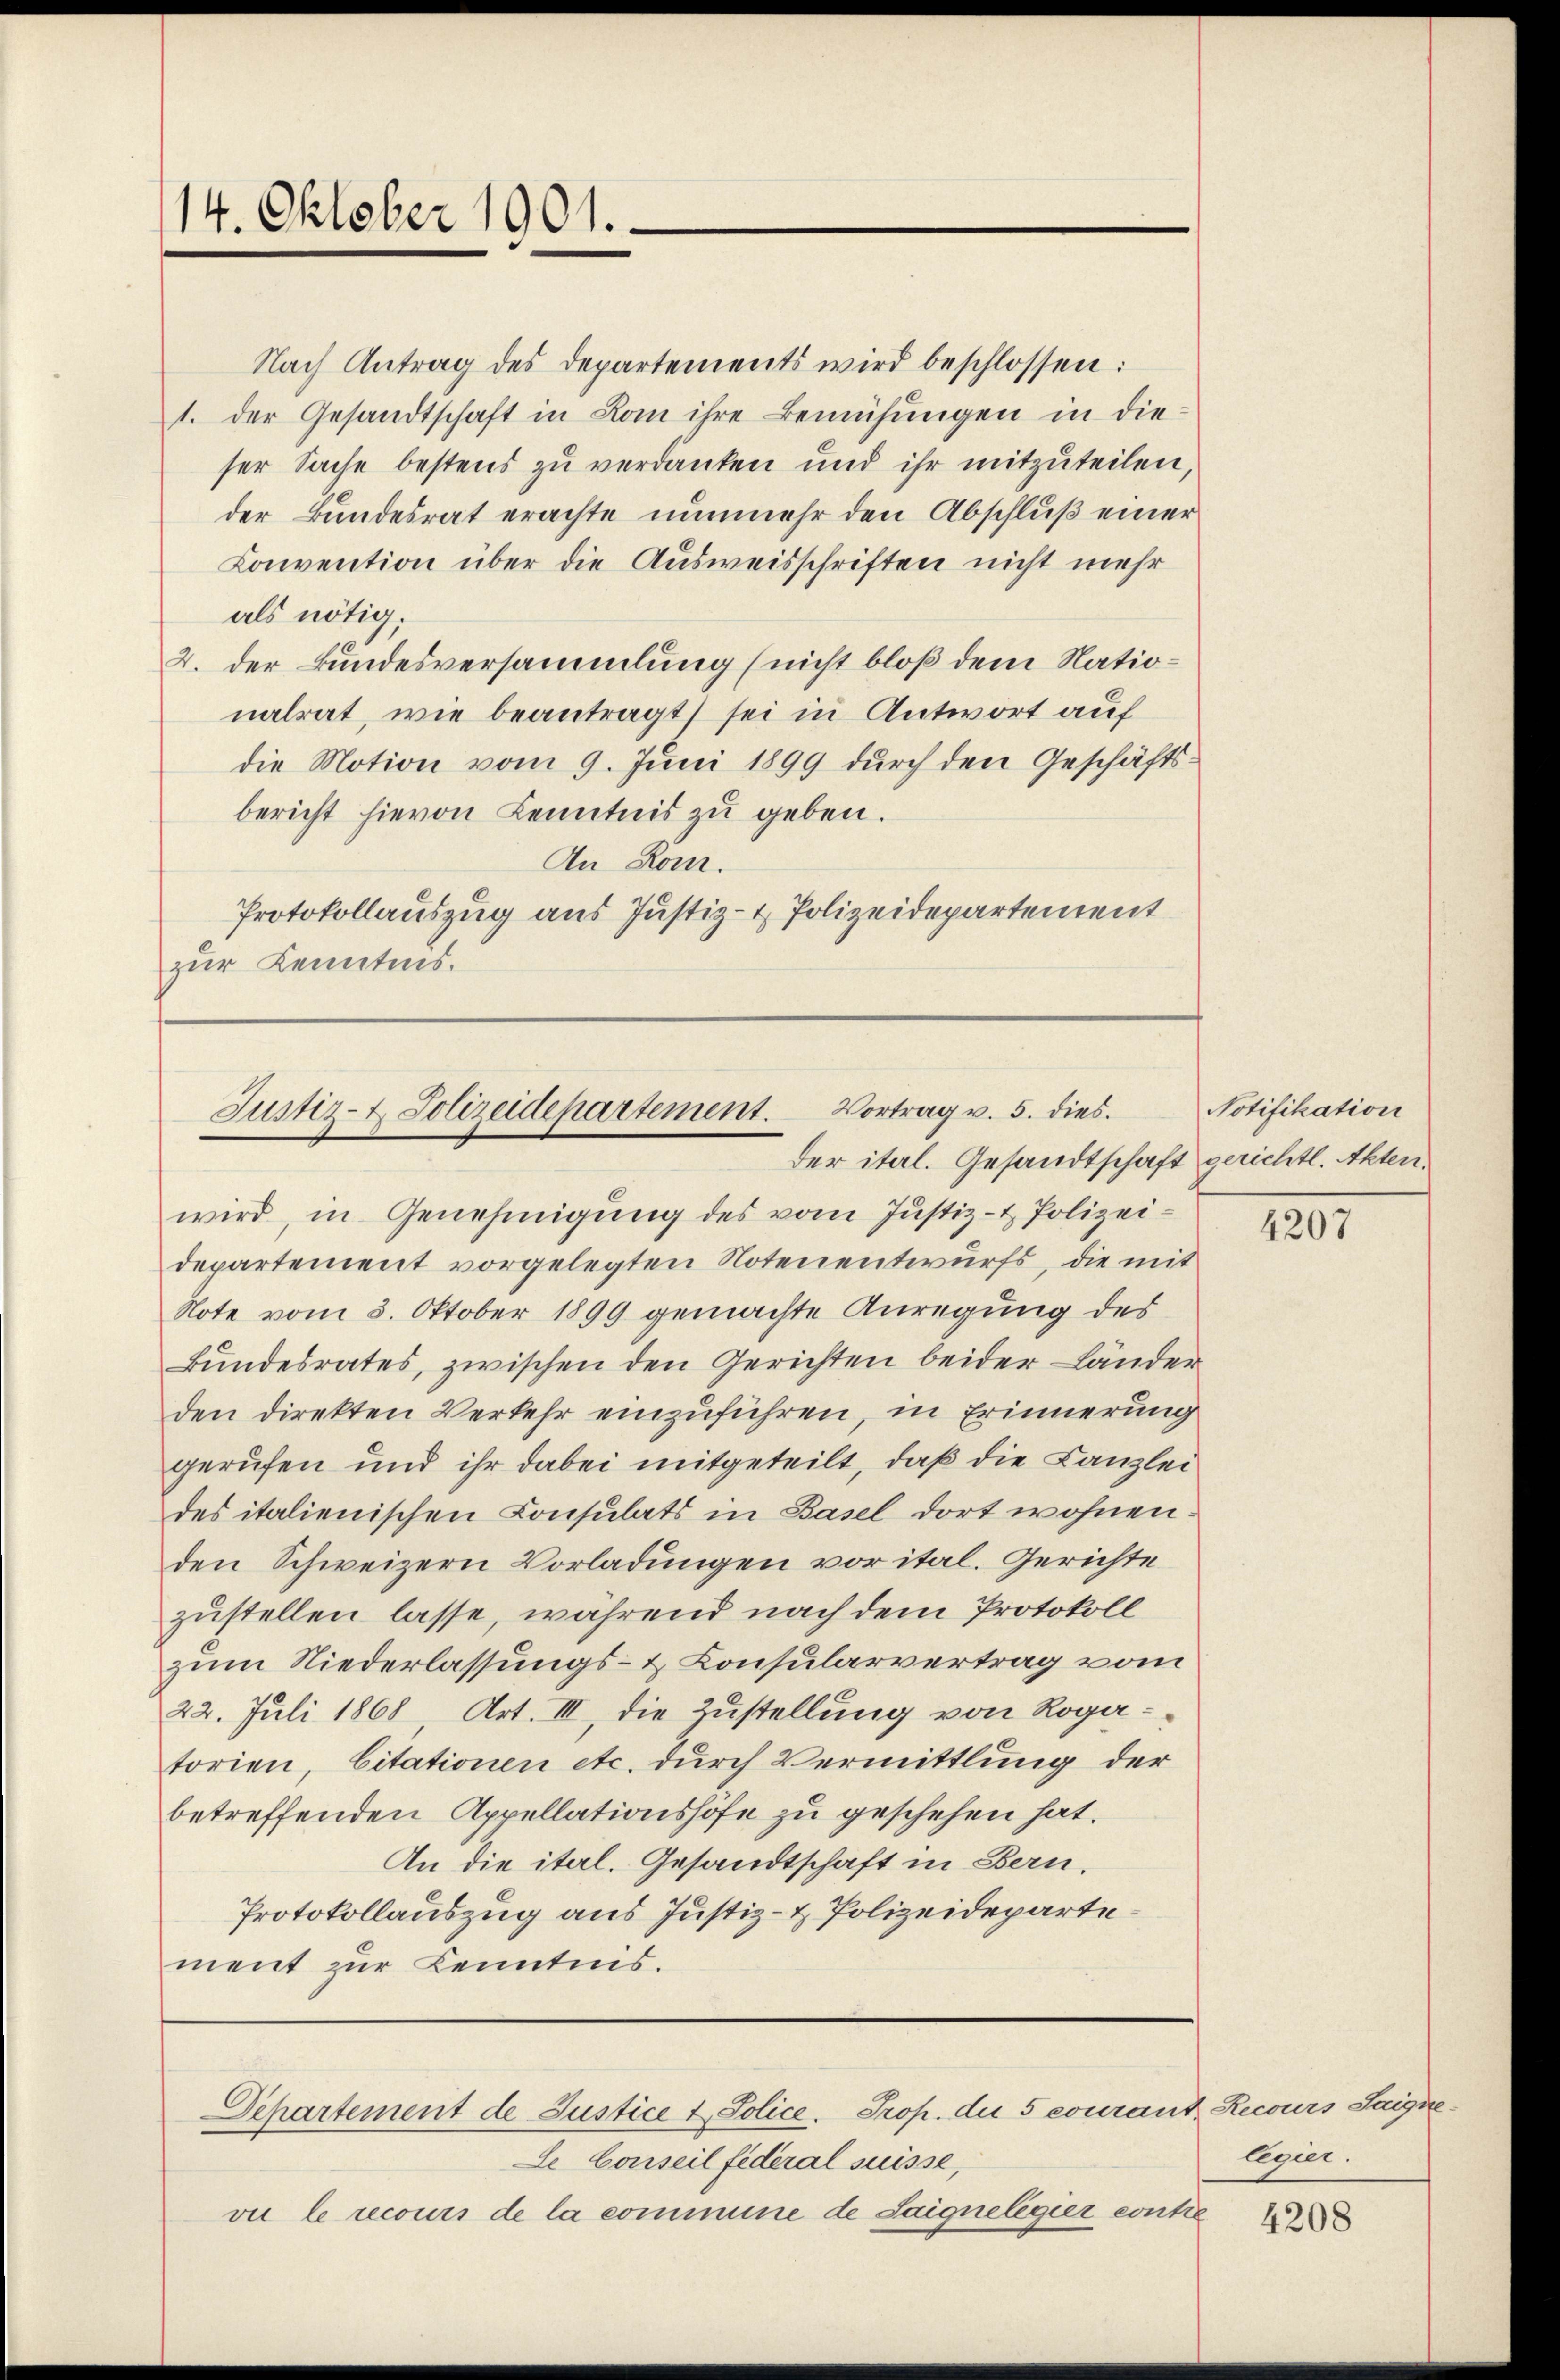
14. Oktober 1901.

Nach Antrag des Departements wird beschlossen:
1. der Gesandtschaft in Komm ihre Bemühungen in dieser Sache bestens zu verdanken und ihr mitzuteilen,
der Bundesrat erachte nunmehr den Abschluß einer
Convention über die Ausweisschriften nicht mehr
als nötig.
2. der Bundesversammlung (nicht bloß dem Nationalrat, wie beantragt, sei in Antwort auf
die Motion vom 9. Juni 1899 durch den Geschäftsbericht hievon Kenntnis zu geben.
An Rom.
Protokollauszug aus Justiz- & Polizeidepartement
zur Kenntnis.

Justiz- & Polizeidepartement. Vortrag u. 5. dies
der ital. Gesandtschaft gerichtl. Akten.

wird, in Genehmigung des vom Justiz- & Polizeidepartement vorgelegten Notenentwurfs, die mit
Note vom 3. Oktober 1899 gemachte Anregung des
Bŭndesrates, zwischen den Gerichten beider Länder
den direkten Verkehr einzuführen, in Erinnerung
gerufen und ihr dabei mitgeteilt, daß die Kanzlei
des italienischen Consulats in Basel dort wohnen.
den Schweizern Vorladungen vor ital. Gerichte
zustellen lasse, während nach dem Protokoll
zum Niederlassungs- & Consularvertrag vom
22. Juli 1868 Art. III, die Zustellung von Rogatorien, Citationen etc. durch Vermittlung der
betreffenden Appellationshofe zu geschehen hat.
An die ital. Gesandtschaft in Bern.
Protokollauszug aus Justiz- & Polizeidepartement zur Kenntnis.

Departement de Justice & Police. Prop. die 5 courant Recours Saigne

Le Conseil federal suisse,
vu le recours de la commune de Saignelegier contre

Notifikation

1297

legier.

4208